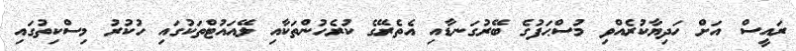
ރައީސް އަށް ހަދިޔާކުރެއްވި މުސްޙަފުގެ ބޭރުގަނޑާއި އެތެރޭގެ ކުރެހުންތަކާއި ލޭއައުޓްތަކުގައި ހުކުރު މިސްކިތުގައި